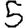
Digit: 5